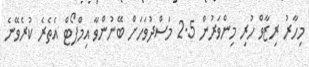
މިހާރު ރިޒާވް ހުރި މިންވަރުން 2.5 މަސްދުވަހަށް ބޭނުންވާ އިމްޕޯޓް އެތެރެ ކުރެވޭނެ